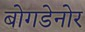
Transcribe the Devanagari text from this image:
बोगडेनोर